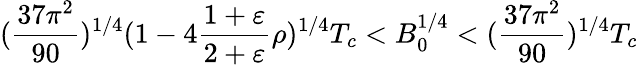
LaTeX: ({\frac{37\pi^{2}}{90}})^{1/4}(1-4{\frac{1+\varepsilon}{2+\varepsilon}}\rho)^{1/4}T_{c}<B_{0}^{1/4}<({\frac{37\pi^{2}}{90}})^{1/4}T_{c}